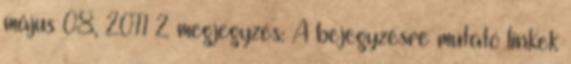
május 08, 2011 2 megjegyzés: A bejegyzésre mutató linkek